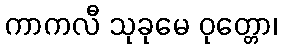
ကာကလီ သုခုမေ ဝုတ္တော၊